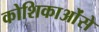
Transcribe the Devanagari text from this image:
कोशिकाओंसे